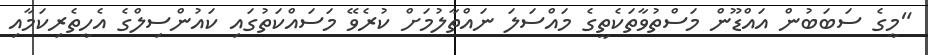
"މީގެ ސަބަބުން އައްޑޫން މަސްތުވާތަކެތީގެ މައްސަލަ ނައްތާލުމަށް ކުރެވޭ މަސައްކަތުގައި ކައުންސިލްގެ އެހީތެރިކަމާއި